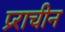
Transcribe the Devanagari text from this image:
प्र्राचीन